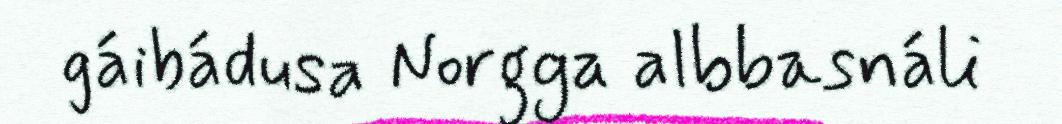
gáibádusa Norgga albbasnáli